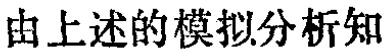
由上述的模拟分析知